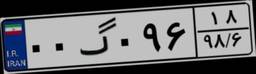
۰۰گ۰۹۶۱۸